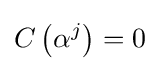
C\left(\alpha ^{j}\right)=0